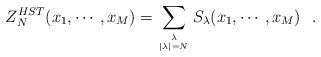
LaTeX: \begin{align*}Z_N^{HST} (x_1,\cdots, x_M) = \sum_{{\lambda\atop|\lambda|=N}}S_\lambda(x_1,\cdots, x_M)\,\,\,\,.\end{align*}